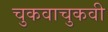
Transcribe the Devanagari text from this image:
चुकवाचुकवी